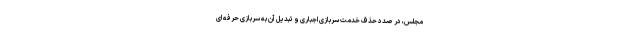
مجلس، در صدد حذف خدمت سربازی اجباری و تبدیل آن به سربازی حرفه ای